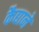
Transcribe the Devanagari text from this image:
कैद्याने